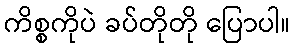
ကိစ္စကိုပဲ ခပ်တိုတို ပြောပါ။